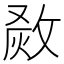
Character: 𤉺